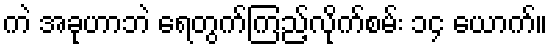
ကဲ အခုဟာဘဲ ရေတွက်ကြည့်လိုက်စမ်း ၁၄ ယောက်။